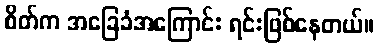
စိတ်က အခြေခံအကြောင်း ရင်းဖြစ်နေတယ်။